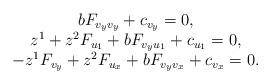
LaTeX: \begin{align*}\begin{array}{c}bF_{v_yv_y}+c_{v_y}=0,\\z^1+z^2F_{u_1}+bF_{v_yu_1}+c_{u_1}=0,\\-z^1F_{v_y}+z^2F_{u_x}+bF_{v_yv_x}+c_{v_x}=0.\end{array}\end{align*}